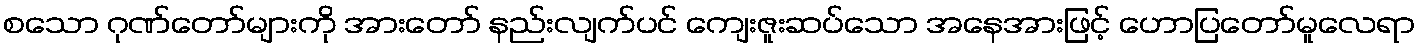
စသော ဂုဏ်တော်များကို အားတော် နည်းလျက်ပင် ကျေးဇူးဆပ်သော အနေအားဖြင့် ဟောပြတော်မူလေရာ